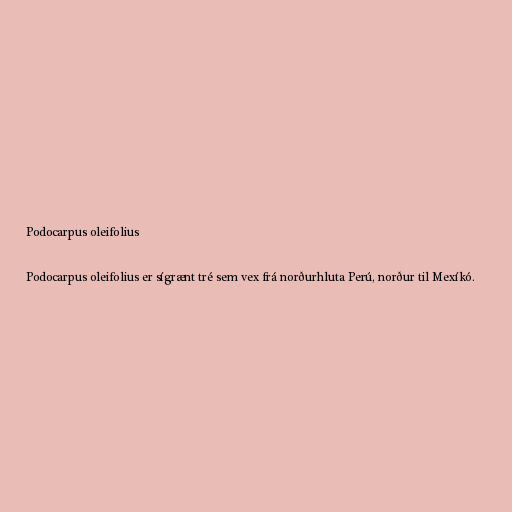
Podocarpus oleifolius

Podocarpus oleifolius er sígrænt tré sem vex frá norðurhluta Perú, norður til Mexíkó.